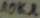
Text: 10KΩ